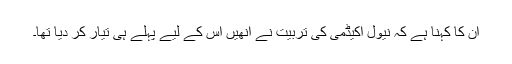
ان کا کہنا ہے کہ نیول اکیڈمی کی تربیت نے انھیں اس کے لیے پہلے ہی تیار کر دیا تھا۔